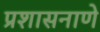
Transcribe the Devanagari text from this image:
प्रशासनाणे